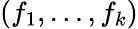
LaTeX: (f_{1},\dots,f_{k})